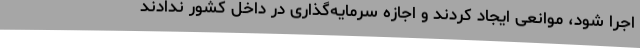
اجرا شود، موانعی ایجاد کردند و اجازه سرمایه‌گذاری در داخل کشور ندادند